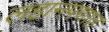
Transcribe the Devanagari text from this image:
लहानपणात